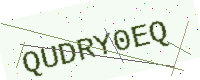
Text: QUDRY0EQ